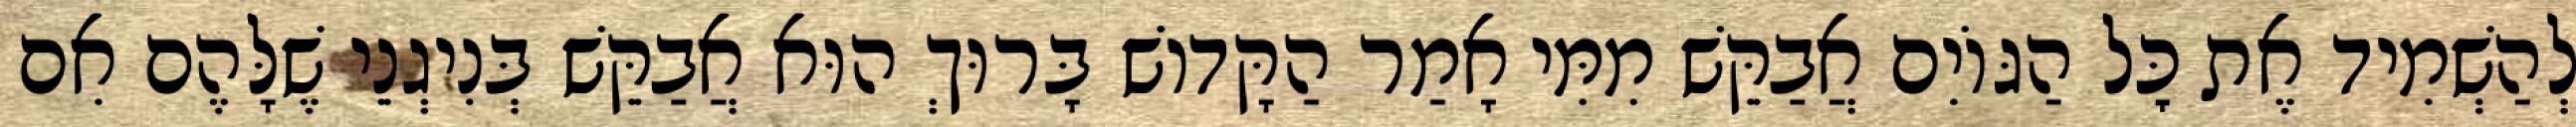
לְהַשְׁמִיד אֶת כׇּל הַגּוֹיִם אֲבַקֵּשׁ מִמִּי אָמַר הַקָּדוֹשׁ בָּרוּךְ הוּא אֲבַקֵּשׁ בְּנִיגְנֵי שֶׁלָּהֶם אִם